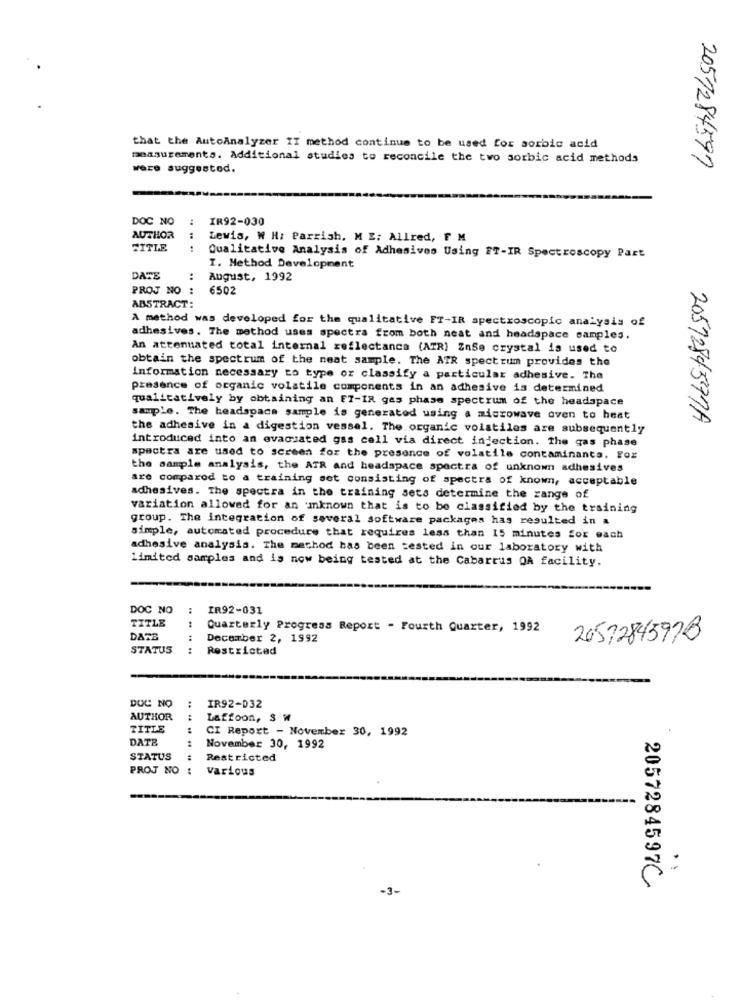
that the AutoAnalyzer IT method continue to be used for sorbic acid
measurements. Additional studies to reconcile the two sorbic acid methods
were suggested.
2057284597
DOC NO
..
IR92-030
AUTHOR
:
Lewis, W H: Parrish, M E; Allred, F M
TITLE
:
Qualitative Analysis of Adhesivos Using FT-IR Spectroscopy Part
I. Method Development
DATE
:
August, 1992
PROJ NO :
6502
ABSTRACT:
A method was developed for the qualitative FT-IR spectroscopic analysis of
adhesives. The method uses spectra from both neat and headspace samples.
An attenuated total internal reflectance (ATR) ZnSe crystal is used to
obtain the spectrum of the neat sample. The ATR spectrum provides the
Information necessary to type or classify a particular adhesive. The
presence of organic volatile components in an adhesive is determined
qualitatively by obtaining an FT-IR gas phase spectrum of the headspace
sample. The headspace sample is generated using a microwave oven to heat
2057284597A
the adhesive in a digestion vessel. The organic volatiles are subsequently
introduced into an evacuated gas cell via direct injection. the gas phase
spectra are used to screen for the presence of volatile contaminants. For
the sample analysis, the ATR and headspace spectra of unknown adhesives
are compared to a training set consisting of spectra of known, acceptable
adhesives. The spectra in the training sets determine the range of
variation allowed for an mknown that is to be classified by the training
group. The integration of several software packages has resulted in a
simple, automated procedure that requires less than 15 minutes for each
adhesive analysis. The method has been tested in our laboratory with
Limited samples and is now being tested at the Cabarrus OA facility.
DOC NO
:
IR92-031
TITLE
Quarterly Progress Report - Fourth Quarter, 1992
DATE
December 2, 1992
20572845978
STATUS
Restricted
DOC NO
IR92-032
AUTHOR
Laffoon, $ W
TITLE
CI Report - November 30, 1992
DATE
November 30, 1992
STATUS
Restricted
PROJ NO :
various
2057284597C
-3-